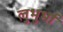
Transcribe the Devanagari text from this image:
लुभुर्भा